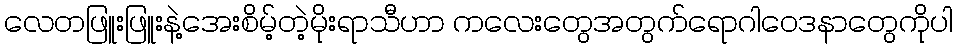
လေတဖြူးဖြူးနဲ့အေးစိမ့်တဲ့မိုးရာသီဟာ ကလေးတွေအတွက်ရောဂါဝေဒနာတွေကိုပါ